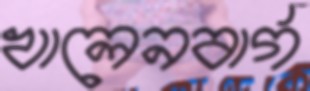
খালেনবার্গ